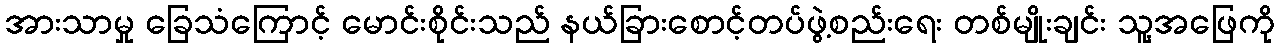
အားသာမှု ခြေသံကြောင့် မောင်းစိုင်းသည် နယ်ခြားစောင့်တပ်ဖွဲ့စည်းရေး တစ်မျိုးချင်း သူ့အဖြေကို